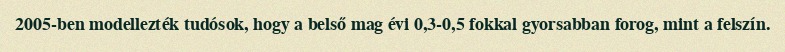
2005-ben modellezték tudósok, hogy a belső mag évi 0,3-0,5 fokkal gyorsabban forog, mint a felszín.